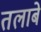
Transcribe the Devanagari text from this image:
तलाबे